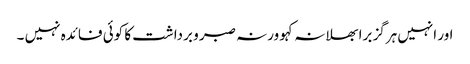
اور انہیں ہرگز برا بھلا نہ کہو ورنہ صبر و برداشت کا کوئی فائدہ نہیں ۔